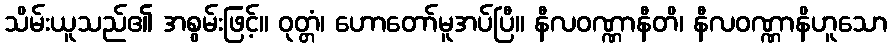
သိမ်းယူသည်၏ အစွမ်းဖြင့်။ ဝုတ္တံ၊ ဟောတော်မူအပ်ပြီ။ နီလဝဏ္ဏာနီတိ၊ နီလဝဏ္ဏာနိဟူသော